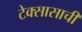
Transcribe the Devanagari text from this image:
टेक्सासाची